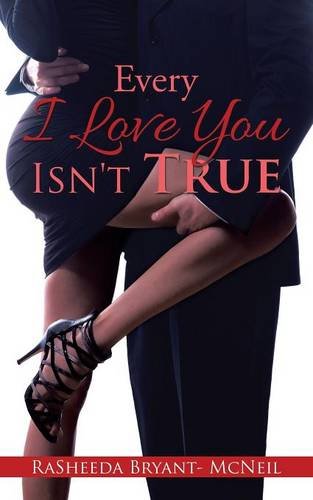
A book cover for Every I Love You Isn't True; Rasheeda Bryant- Mcneil; Romance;